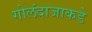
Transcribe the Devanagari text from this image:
गोलंदाजाकडे